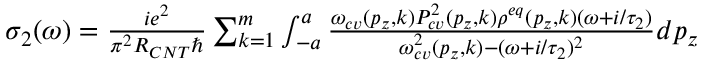
\begin{array} { r } { \sigma _ { 2 } ( \omega ) = \frac { i e ^ { 2 } } { \pi ^ { 2 } R _ { C N T } \hbar } \sum _ { k = 1 } ^ { m } \int _ { - a } ^ { a } \frac { \omega _ { c v } ( p _ { z } , k ) P _ { c v } ^ { 2 } ( p _ { z } , k ) \rho ^ { e q } ( p _ { z } , k ) ( \omega + i / \tau _ { 2 } ) } { \omega _ { c v } ^ { 2 } ( p _ { z } , k ) - ( \omega + i / \tau _ { 2 } ) ^ { 2 } } d p _ { z } } \end{array}